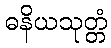
ဓနိယသုတ္တံ